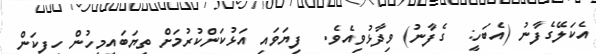
އެކަލޭގެފާނު (އެބަހީ:  ގެފާނު) ވިދާޅުވިއެވެ.  ފިޔަވައި އަޅުކަންކުރުމަށް ތިޔަބައިމީހުން ހިފިކަން